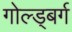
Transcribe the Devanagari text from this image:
गोल्ड्बर्ग